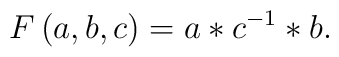
F\left( a,b,c\right) =a*c^{-1}*b.